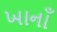
ખાનાઁ